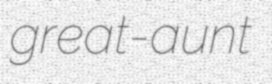
great-aunt